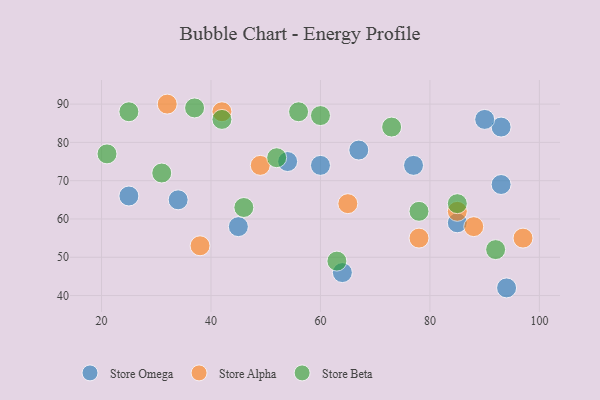
{"axis": {"x": "GDP", "y": "Life Expectancy"}, "legend": ["Store Alpha", "Store Beta", "Store Omega"], "data": [{"x": "60", "y": 74, "type": "Store Omega"}, {"x": "93", "y": 84, "type": "Store Omega"}, {"x": "54", "y": 75, "type": "Store Omega"}, {"x": "34", "y": 65, "type": "Store Omega"}, {"x": "93", "y": 69, "type": "Store Omega"}, {"x": "67", "y": 78, "type": "Store Omega"}, {"x": "25", "y": 66, "type": "Store Omega"}, {"x": "45", "y": 58, "type": "Store Omega"}, {"x": "85", "y": 59, "type": "Store Omega"}, {"x": "64", "y": 46, "type": "Store Omega"}, {"x": "90", "y": 86, "type": "Store Omega"}, {"x": "77", "y": 74, "type": "Store Omega"}, {"x": "94", "y": 42, "type": "Store Omega"}, {"x": "32", "y": 90, "type": "Store Alpha"}, {"x": "78", "y": 55, "type": "Store Alpha"}, {"x": "42", "y": 88, "type": "Store Alpha"}, {"x": "38", "y": 53, "type": "Store Alpha"}, {"x": "65", "y": 64, "type": "Store Alpha"}, {"x": "85", "y": 62, "type": "Store Alpha"}, {"x": "97", "y": 55, "type": "Store Alpha"}, {"x": "88", "y": 58, "type": "Store Alpha"}, {"x": "49", "y": 74, "type": "Store Alpha"}, {"x": "56", "y": 88, "type": "Store Beta"}, {"x": "63", "y": 49, "type": "Store Beta"}, {"x": "52", "y": 76, "type": "Store Beta"}, {"x": "31", "y": 72, "type": "Store Beta"}, {"x": "73", "y": 84, "type": "Store Beta"}, {"x": "37", "y": 89, "type": "Store Beta"}, {"x": "46", "y": 63, "type": "Store Beta"}, {"x": "92", "y": 52, "type": "Store Beta"}, {"x": "42", "y": 86, "type": "Store Beta"}, {"x": "25", "y": 88, "type": "Store Beta"}, {"x": "60", "y": 87, "type": "Store Beta"}, {"x": "78", "y": 62, "type": "Store Beta"}, {"x": "85", "y": 64, "type": "Store Beta"}, {"x": "21", "y": 77, "type": "Store Beta"}]}